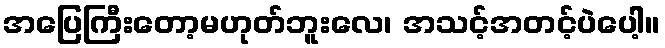
အပြေကြီးတော့မဟုတ်ဘူးလေ၊ အသင့်အတင့်ပဲပေါ့။